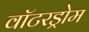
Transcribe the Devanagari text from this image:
वॉटरड्रोम